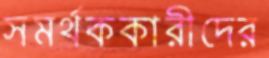
সমর্থককারীদের